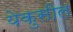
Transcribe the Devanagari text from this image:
येकुसील